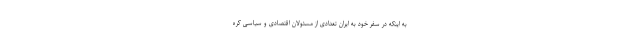
به اینکه در سفر خود به ایران تعدادی از مسئولان اقتصادی و سیاسی کره